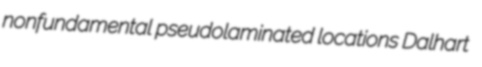
nonfundamental pseudolaminated locations Dalhart